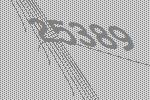
25389